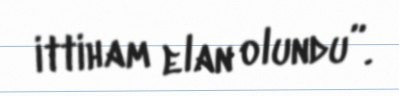
ittiham elan olundu”.